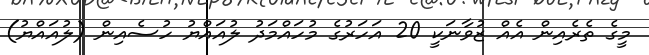
މީގެ ތެރެއިން އެއް ޒުވާނަކީ 20 އަހަރުގެ މުހައްމަދު ލުއައްޔު ހުސެއިން (ލުއައްޔު)